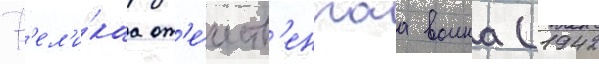
В'ел'и́каа от'е́честв'еннаа воина (1942